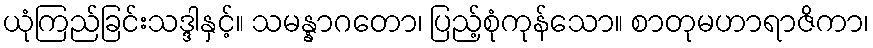
ယုံကြည်ခြင်းသဒ္ဒါနှင့်။ သမန္နာဂတော၊ ပြည့်စုံကုန်သော။ စာတုမဟာရာဇိကာ၊